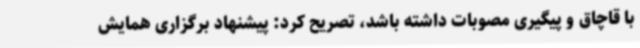
با قاچاق و پیگیری مصوبات داشته باشد، تصریح کرد: پیشنهاد برگزاری همایش